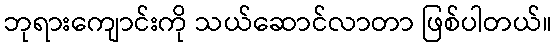
ဘုရားကျောင်းကို သယ်ဆောင်လာတာ ဖြစ်ပါတယ်။